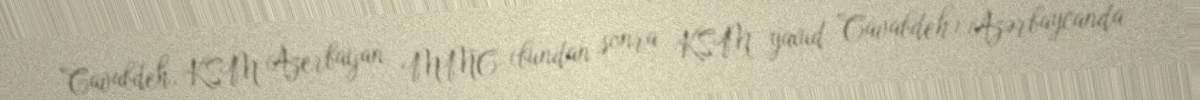
Cavabdeh, KSM Azerbaijan MMC (bundan sonra KSM yaxud Cavabdeh) Azərbaycanda